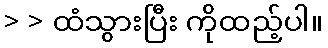
> > ထံသွားပြီး ကိုထည့်ပါ။